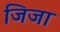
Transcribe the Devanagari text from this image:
जिजा